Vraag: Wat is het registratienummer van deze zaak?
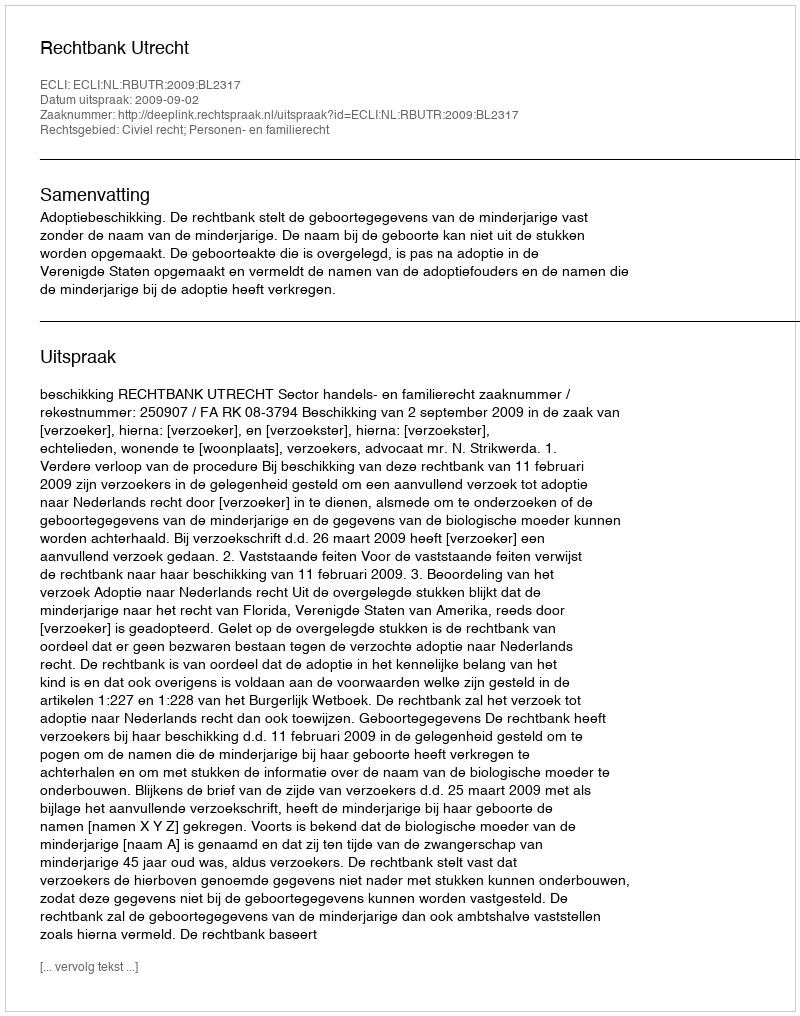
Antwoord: http://deeplink.rechtspraak.nl/uitspraak?id=ECLI:NL:RBUTR:2009:BL2317